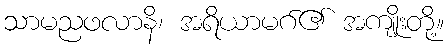
သာမညဖလာနိ၊ အရိယာမဂ်၏ အကျိုးတို့။